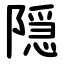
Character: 隠